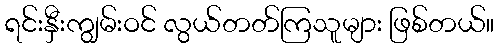
ရင်းနှီးကျွမ်းဝင် လွယ်တတ်ကြသူများ ဖြစ်တယ်။